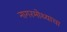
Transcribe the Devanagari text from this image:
नागरमोथ्याचा